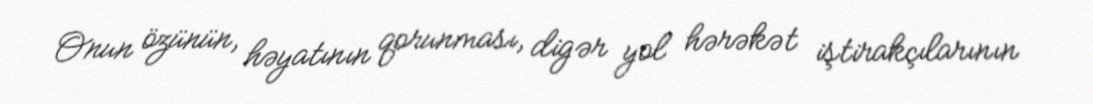
Onun özünün, həyatının qorunması, digər yol hərəkət iştirakçılarının